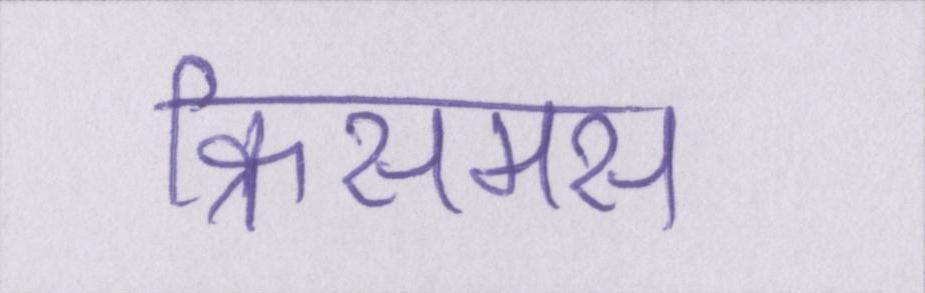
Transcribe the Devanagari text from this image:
क्रिसमस